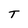
Character: T